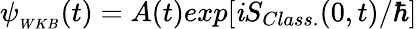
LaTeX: \psi_{_{WKB}}(t)=A(t)exp[\mathit{i}S_{Class.}(0,t)/\hbar]